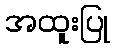
အထူးပြု